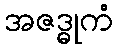
အဇဒ္ဓုကံ